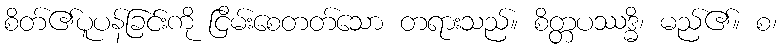
စိတ်၏ပူပန်ခြင်းကို ငြိမ်းစေတတ်သော တရားသည်။ စိတ္တပဿဒ္ဓိ၊ မည်၏။ စ၊